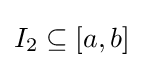
I_{2}\subseteq [a,b]